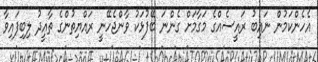
އެހެންކަމުން ނައިބު ރައީސެއްގެ މަގާމަށް ގެންނަ ބޭފުޅަކު ވާންޖެހޭނީ ރައްޔިތުންގެ ތާއީދު ލިބިފައިވާ